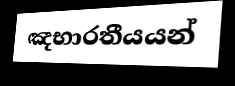
ඤභාරතීයයන්